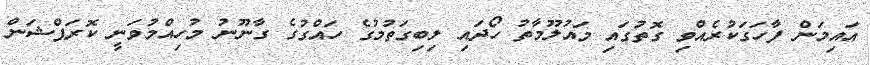
އައިމަން ފާހަގަކުރެއްވި ގޮތުގައި މައުލޫމާތު ހޯދައި ލިބިގަތުމުގެ ހައްގުގެ ގާނޫނު މުހިއްމުވަނީ ކޮރަޕްޝަން